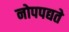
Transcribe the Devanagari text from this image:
नोपपद्यते